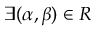
\exists ( \alpha , \beta ) \in R